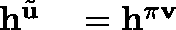
\begin{array} { r l } { \mathbf { h } ^ { \tilde { \mathbf { u } } } } & { { } = \mathbf { h } ^ { \mathbf { \pi v } } } \end{array}